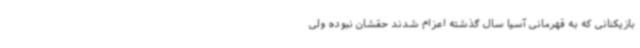
بازیکنانی که به قهرمانی آسیا سال گذشته اعزام شدند حقشان نبوده ولی